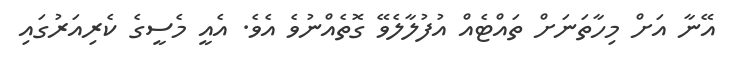
އޭނާ އަށް މިހާތަނަށް ތައްޓެއް އުފުލާލެވޭ ގޮތެއްނުވެ އެވެ. އެއީ މެސީގެ ކެރިއަރުގައި